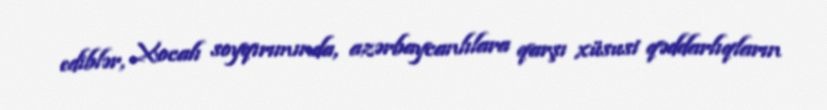
ediblər, Xocalı soyqırımında, azərbaycanlılara qarşı xüsusi qəddarlıqların